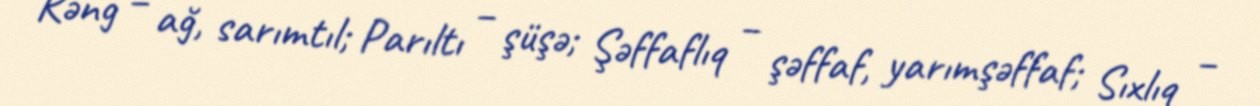
Rəng – ağ, sarımtıl; Parıltı – şüşə; Şəffaflıq – şəffaf, yarımşəffaf; Sıxlıq –